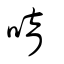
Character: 唷